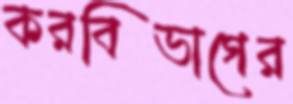
করবিভাগের